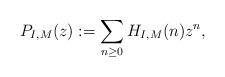
LaTeX: \begin{align*} P_{I,M}(z) : = \sum_{n\ge 0} H_{I,M} (n) z^n,\end{align*}